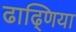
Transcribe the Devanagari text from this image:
ढाढ्णिया